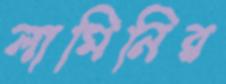
লামিনির